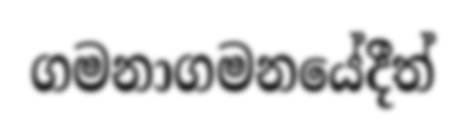
ගමනාගමනයේදීත්